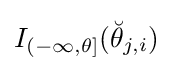
I_{(-\infty ,\theta ]}({\breve {\theta }}_{j,i})